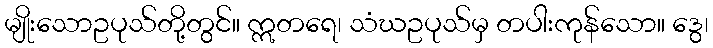
မျိုးသောဥပုသ်တို့တွင်။ ဣတရေ၊ သံဃဥပုသ်မှ တပါးကုန်သော။ ဒွေ၊